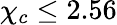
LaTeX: \chi_{c}\leq 2.56